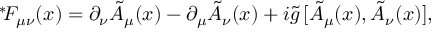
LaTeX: { } ^ { * } \! F _ { \mu \nu } ( x ) = \partial _ { \nu } \tilde { A } _ { \mu } ( x ) - \partial _ { \mu } \tilde { A } _ { \nu } ( x ) + i \tilde { g } \, [ \tilde { A } _ { \mu } ( x ) , \tilde { A } _ { \nu } ( x ) ] ,